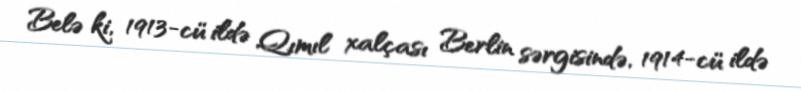
Belə ki, 1913-cü ildə Qımıl xalçası Berlin sərgisində, 1914-cü ildə